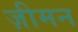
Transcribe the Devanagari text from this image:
ज़ीमन